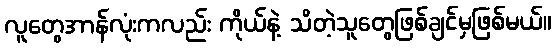
လူတွေအာန်လုံးကလည်း ကိုယ်နဲ့ သိတဲ့သူတွေဖြစ်ချင်မှဖြစ်မယ်။